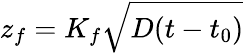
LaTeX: z_{f}=K_{f}\sqrt{D(t-t_{0})}